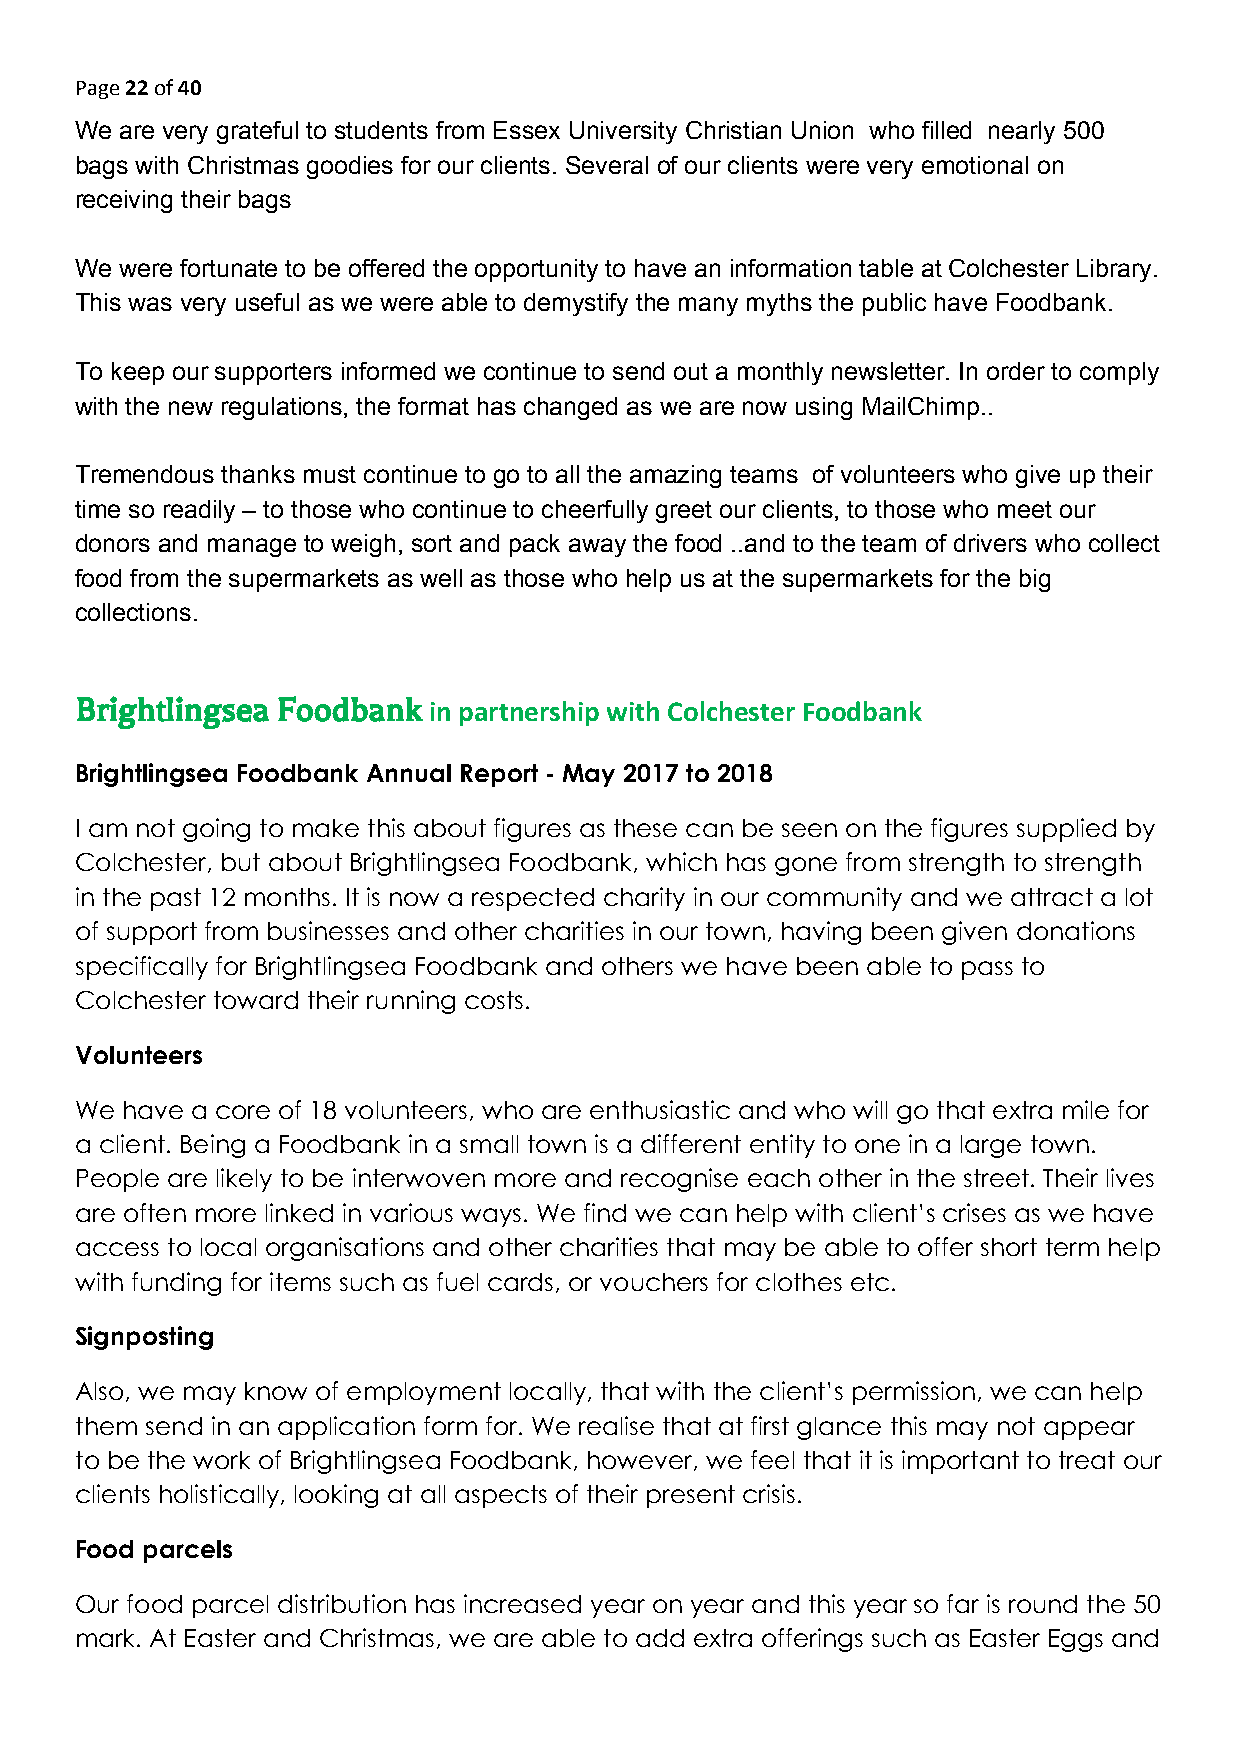
Page 22 of 40
 ​​
 We are very grateful to students from Essex University Christian Union who filled nearly 500
 bags with Christmas goodies for our clients. Several of our clients were very emotional on
 receiving their bags
 We were fortunate to be offered the opportunity to have an information table at Colchester Library.
 This was very useful as we were able to demystify the many myths the public have Foodbank.
 To keep our supporters informed we continue to send out a monthly newsletter. In order to comply
 with the new regulations, the format has changed as we are now using MailChimp..
 Tremendous thanks must continue to go to all the amazing teams of volunteers who give up their
 time so readily – to those who continue to cheerfully greet our clients, to those who meet our
 donors and manage to weigh, sort and pack away the food ..and to the team of drivers who collect
 food from the supermarkets as well as those who help us at the supermarkets for the big
 collections.
 BBrriigghhttlliinnggsseeaa FFooooddbbaannkk
 in partnership with Colchester Foodbank
 ​​
 Brightlingsea Foodbank Annual Report - May 2017 to 2018
 I am not going to make this about figures as these can be seen on the figures supplied by
 Colchester, but about Brightlingsea Foodbank, which has gone from strength to strength
 in the past 12 months. It is now a respected charity in our community and we attract a lot
 of support from businesses and other charities in our town, having been given donations
 specifically for Brightlingsea Foodbank and others we have been able to pass to
 Colchester toward their running costs.
 Volunteers
 We have a core of 18 volunteers, who are enthusiastic and who will go that extra mile for
 a client. Being a Foodbank in a small town is a different entity to one in a large town.
 People are likely to be interwoven more and recognise each other in the street. Their lives
 are often more linked in various ways. We find we can help with client’s crises as we have
 access to local organisations and other charities that may be able to offer short term help
 with funding for items such as fuel cards, or vouchers for clothes etc.
 Signposting
 Also, we may know of employment locally, that with the client’s permission, we can help
 them send in an application form for. We realise that at first glance this may not appear
 to be the work of Brightlingsea Foodbank, however, we feel that it is important to treat our
 clients holistically, looking at all aspects of their present crisis.
 Food parcels
 Our food parcel distribution has increased year on year and this year so far is round the 50
 mark. At Easter and Christmas, we are able to add extra offerings such as Easter Eggs and